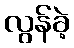
လွန်ခဲ့